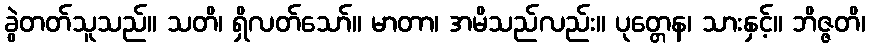
ခွဲတတ်သူသည်။ သတိ၊ ရှိလတ်သော်။ မာတာ၊ အမိသည်လည်း။ ပုတ္တေန၊ သားနှင့်။ ဘိဇ္ဇတိ၊